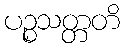
ပဉ္စသတ္တတိ